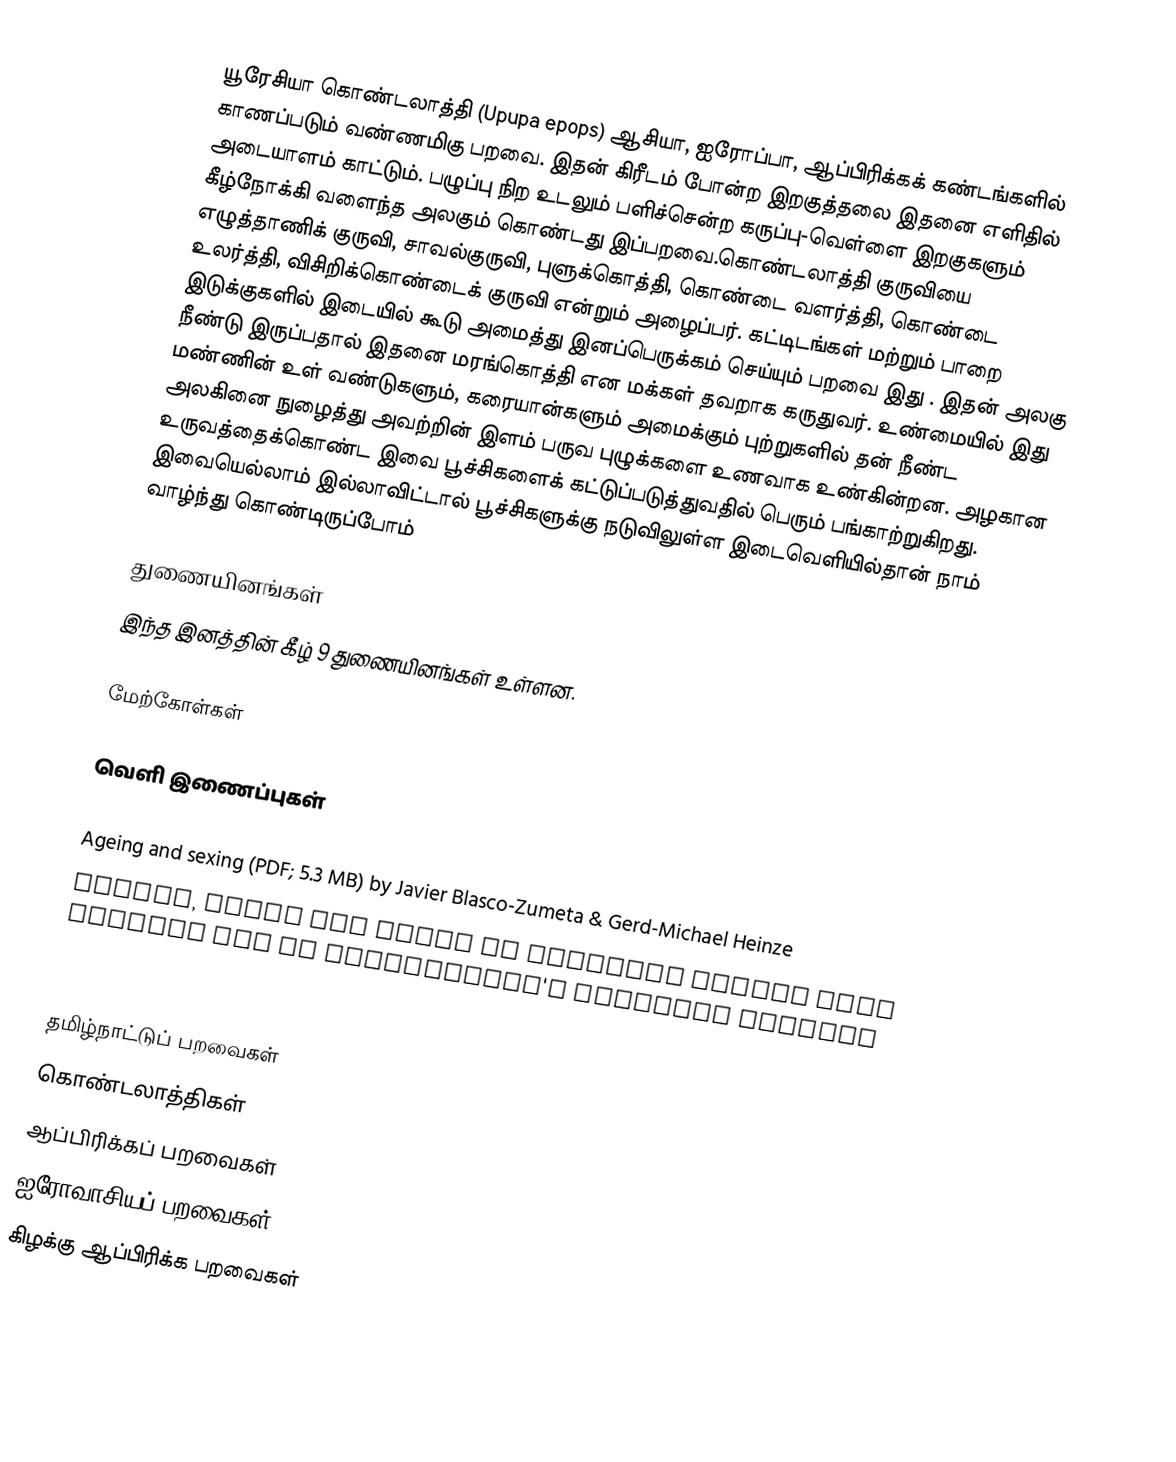
யூரேசியா கொண்டலாத்தி (Upupa epops) ஆசியா, ஐரோப்பா, ஆப்பிரிக்கக் கண்டங்களில் காணப்படும் வண்ணமிகு பறவை. இதன் கிரீடம் போன்ற இறகுத்தலை இதனை எளிதில் அடையாளம் காட்டும். பழுப்பு நிற உடலும் பளிச்சென்ற கருப்பு-வெள்ளை இறகுகளும் கீழ்நோக்கி வளைந்த அலகும் கொண்டது இப்பறவை.கொண்டலாத்தி குருவியை எழுத்தாணிக் குருவி, சாவல்குருவி, புளுக்கொத்தி, கொண்டை வளர்த்தி, கொண்டை உலர்த்தி, விசிறிக்கொண்டைக் குருவி என்றும் அழைப்பர். கட்டிடங்கள் மற்றும் பாறை இடுக்குகளில் இடையில் கூடு அமைத்து இனப்பெருக்கம் செய்யும் பறவை இது . இதன் அலகு நீண்டு இருப்பதால் இதனை மரங்கொத்தி என மக்கள் தவறாக கருதுவர். உண்மையில் இது மண்ணின் உள் வண்டுகளும், கரையான்களும் அமைக்கும் புற்றுகளில் தன் நீண்ட அலகினை நுழைத்து அவற்றின் இளம் பருவ புழுக்களை உணவாக உண்கின்றன. அழகான உருவத்தைக்கொண்ட இவை பூச்சிகளைக் கட்டுப்படுத்துவதில் பெரும் பங்காற்றுகிறது. இவையெல்லாம் இல்லாவிட்டால் பூச்சிகளுக்கு நடுவிலுள்ள இடைவெளியில்தான் நாம் வாழ்ந்து கொண்டிருப்போம்

துணையினங்கள்
இந்த இனத்தின் கீழ் 9 துணையினங்கள் உள்ளன.

மேற்கோள்கள்

வெளி இணைப்புகள்

 Ageing and sexing (PDF; 5.3 MB) by Javier Blasco-Zumeta & Gerd-Michael Heinze
 Photos, audio and video of Eurasian hoopoe from Cornell Lab of Ornithology's Macaulay Library

தமிழ்நாட்டுப் பறவைகள்
கொண்டலாத்திகள்
ஆப்பிரிக்கப் பறவைகள்
ஐரோவாசியப் பறவைகள்
கிழக்கு ஆப்பிரிக்க பறவைகள்